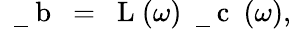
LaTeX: \mathrm{~\mathbf~\underline{~}{~b~}~}=\mathrm{~\mathbf~L~}(\omega)\mathrm{~\mathbf~\underline{~}{~c~}~}(\omega),